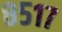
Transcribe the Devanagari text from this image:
८५१७